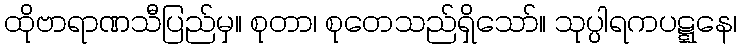
ထိုဗာရာဏသီပြည်မှ။ စုတာ၊ စုတေသည်ရှိသော်။ သုပ္ပါရကပဋ္ဋနေ၊